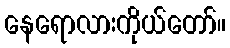
နေရောလားကိုယ်တော်။